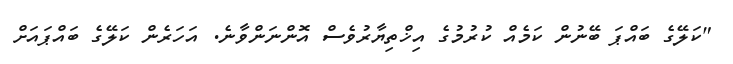
"ކަލޭގެ ބައްޕަ ބޭނުން ކަމެއް ކުރުމުގެ އިޚްތިޔާރުވެސް އޮންނަންވާނެ. އަހަރެން ކަލޭގެ ބައްޕައަށް